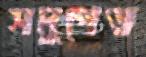
সমুপেত